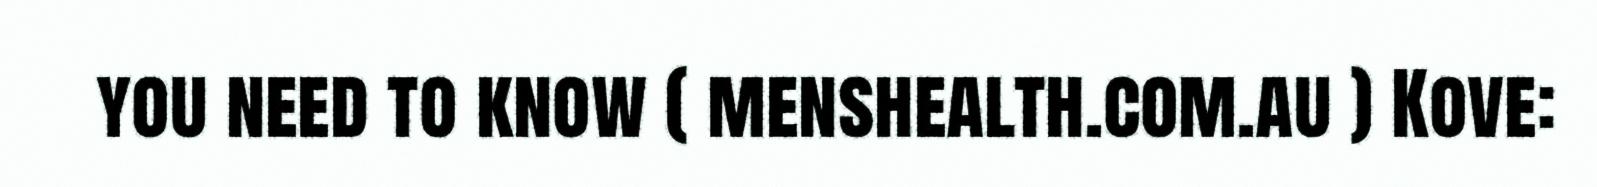
you need to know ( menshealth.com.au ) Kove: